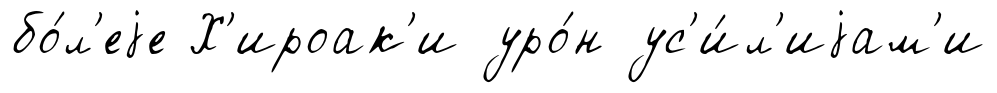
бо́л'еjе Х'ироак'и уро́н ус'и́л'иjам'и